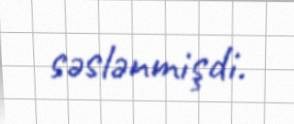
səslənmişdi.